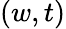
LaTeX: (w,t)